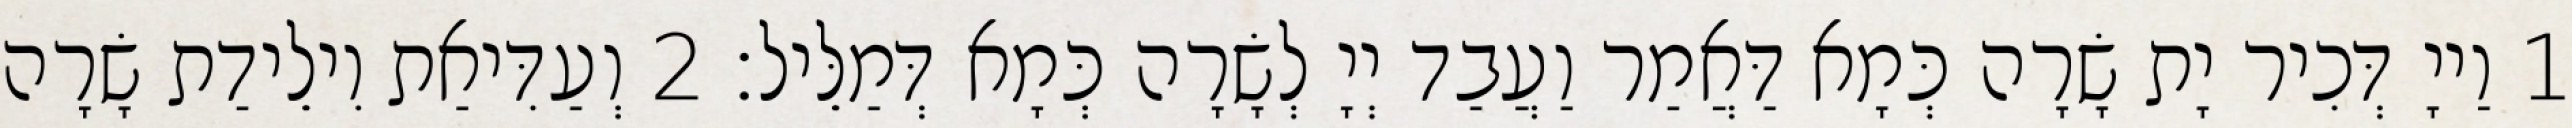
1 וַייָ דְּכִיר יָת שָׂרָה כְּמָא דַּאֲמַר וַעֲבַד יְיָ לְשָׂרָה כְּמָא דְּמַלֵּיל׃ 2 וְעַדִּיאַת וִילֵידַת שָׂרָה